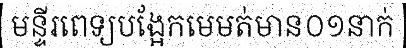
មន្ទីរពេទ្យបង្អែកមេមត់មាន០១នាក់